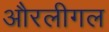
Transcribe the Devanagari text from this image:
औरलीगल